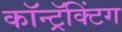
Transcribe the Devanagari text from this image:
कॉन्ट्रॅक्टिंग